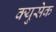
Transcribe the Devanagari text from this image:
क्युसेक